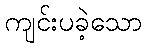
ကျင်းပခဲ့သော